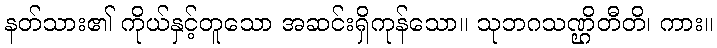
နတ်သား၏ ကိုယ်နှင့်တူသော အဆင်းရှိကုန်သော။ သုဘဂသဏ္ဌိတီတိ၊ ကား။